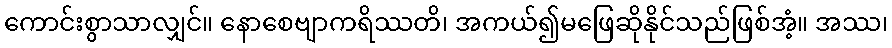
ကောင်းစွာသာလျှင်။ နောစေဗျာကရိဿတိ၊ အကယ်၍မဖြေဆိုနိုင်သည်ဖြစ်အံ့။ အဿ၊